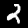
Digit: 2